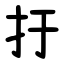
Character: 扜